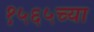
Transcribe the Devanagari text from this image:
१५६५च्या